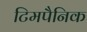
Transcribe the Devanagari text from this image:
टिमपैनिक